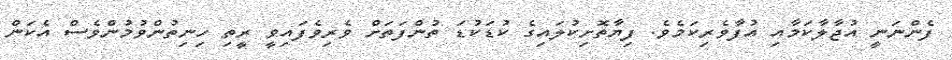
ފެންނަނީ އުޖާލާކަމާއި އުފާވެރިކަމެވެ. ފިޔާތޮށިކުލައިގެ ކުޑަކުޑަ ތުންފަތަށް ވެރިވެފައިވީ ރީތި ހިނިތުންވުމުންވެސް އެކަން